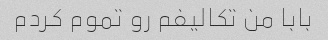
بابا من تکالیفم رو تموم کردم